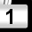
Digit: 1